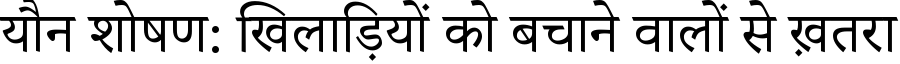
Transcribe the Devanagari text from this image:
यौन शोषण: खिलाड़ियों को बचाने वालों से ख़तरा